Document type: Sale
Year: 1235
Scribe: Pere de Bages
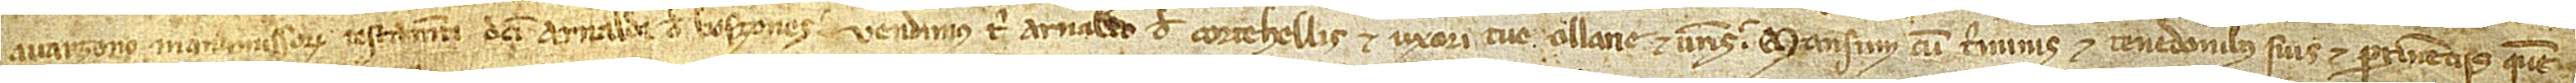
Avarzono, manumissorum testamenti dicti Arnaldi de Boszones, vendimus tibi Arnaldo de Cortehellis et uxori tue Ollarie et vestris mansum cum terminis et tenedonibus suis et pertinenciis quem